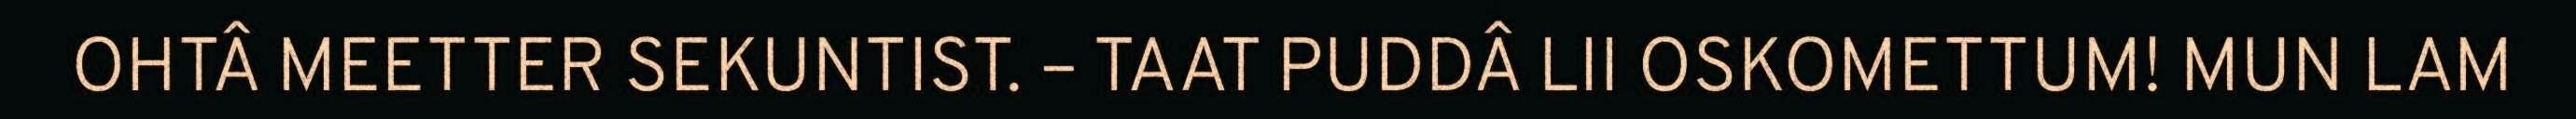
OHTÂ MEETTER SEKUNTIST. – TAAT PUDDÂ LII OSKOMETTUM! MUN LAM